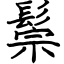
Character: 鬃